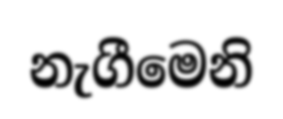
නැගීමෙනි